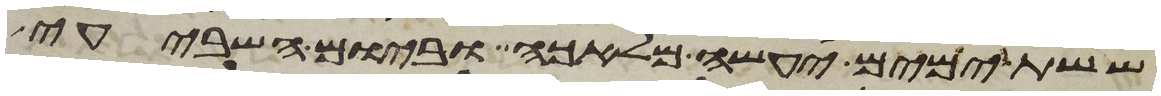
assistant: ששת ימים יעשה מלאכה וביום השביעי